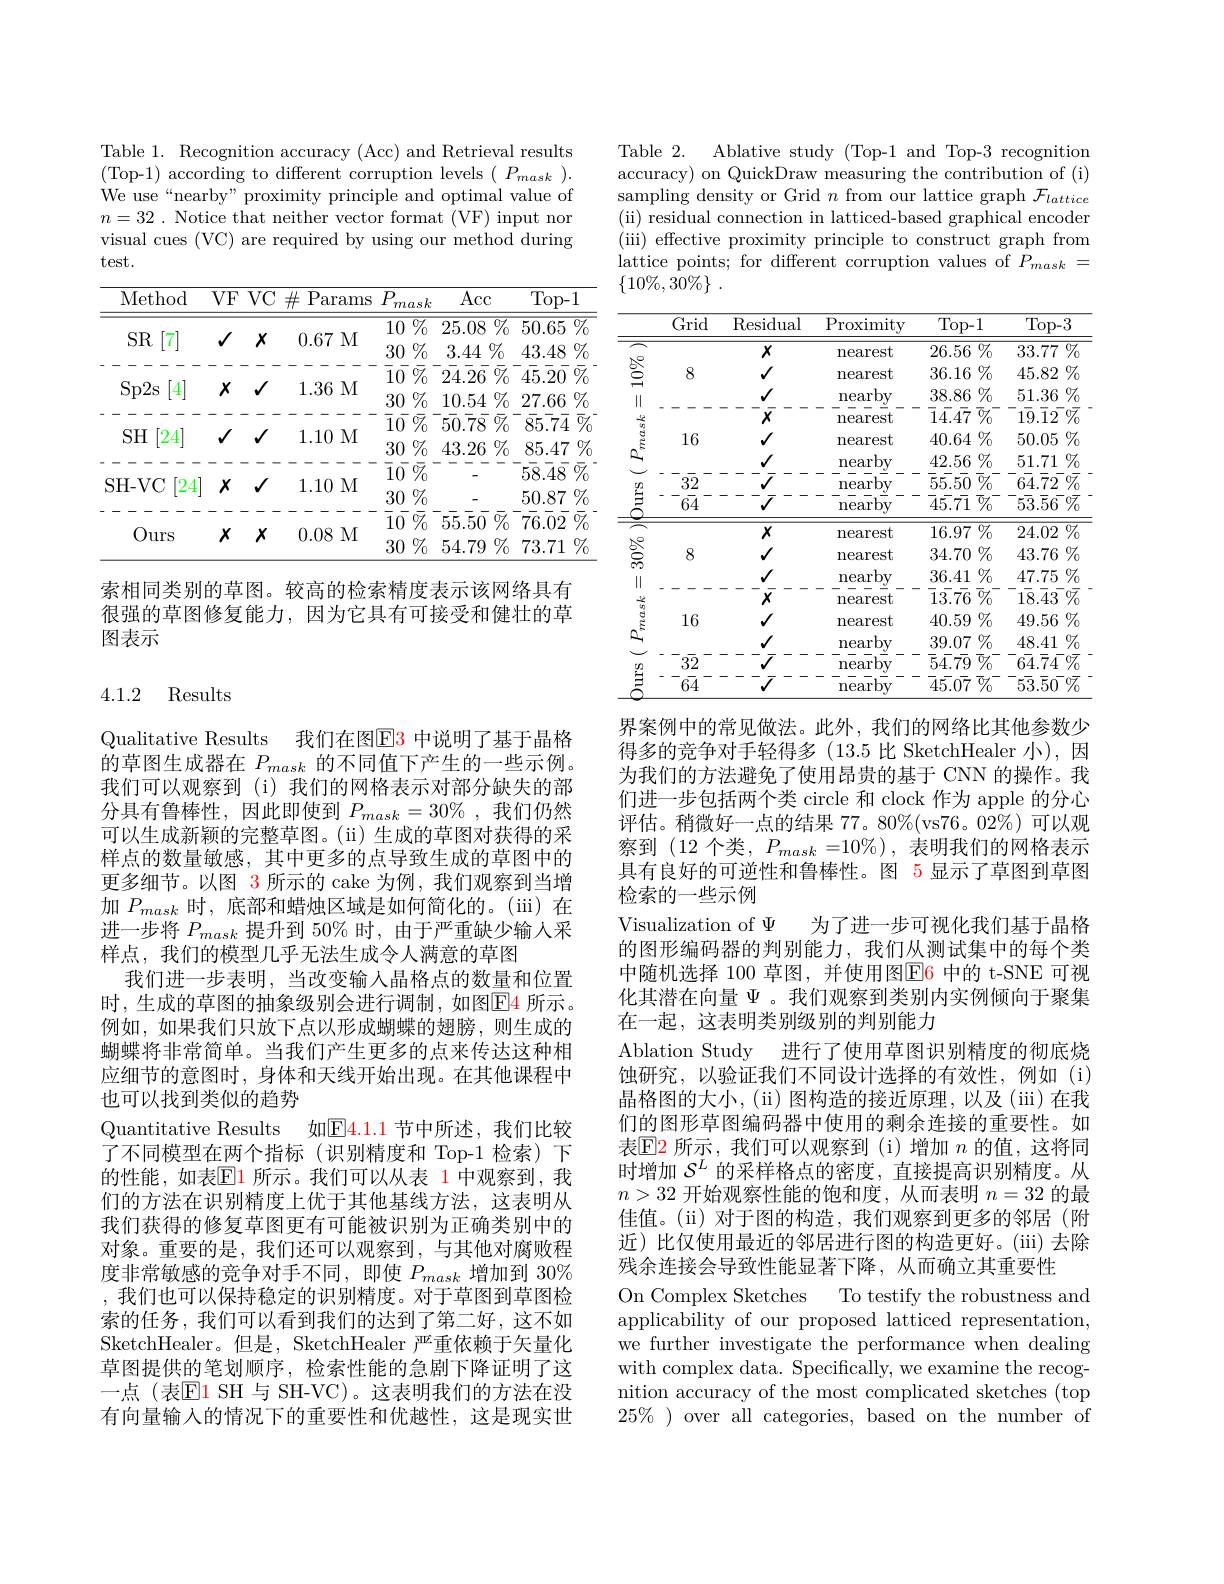
Table 1. Recognition accuracy (Acc) and Retrieval results (Top-1) according to different corruption levels $(P_mask).$ We use“nearby” proximity principle and optimal value of $n= 32$ . Notice that neither vector format (VF) input nor visual cues (VC) are required by using our method during test.

<table>
	<tbody>
		<tr>
			<th>Method</th>
			<th>$VF$ VC$\#$Para $\frac{1}{2}=\frac{1}{2}=\frac{1}{2}$</th>
			<th>VF VC $\#$Params</th>
			<th>$\operatorname{Acc}$</th>
			<th>Top-1</th>
		</tr>
		<tr>
			<td>$SR$</td>
			<td>$X$ 0.67</td>
			<td>0.67M $X$</td>
			<td>$\overline{25.08\%}$</td>
			<td>$\overline{50.65\:\%}$</td>
		</tr>
		<tr>
			<td>Ours</td>
			<td>$X$ $X$ 0.08</td>
			<td>$X$ $X$ 0.08M</td>
			<td>$\bar{55}\bar{5}\bar{0}\bar{\%}$ 54.79 $\%$</td>
			<td>$\iiint_{\sim}{\textcircled{1}}$ 1 76.02 0. 73.71</td>
		</tr>
		<tr>
			<td>UurS</td>
			<td>0.08</td>
			<td>0.08M</td>
			<td>$54.79\%$</td>
			<td>73.71 $\%$</td>
		</tr>
	</tbody>
</table>

索相同类别的草图。较高的检索精度表示该网络具有很强的草图修复能力，因为它具有可接受和健壮的草图表示

## 4.1.2 Results

Qualitative Results 我们在图$\color{red}{\mathrm{E}}\color{red}{\mathrm{3}}$ 中说明了基于晶格的草图生成器在$P_{mask}$的不同值下产生的一些示例。我们可以观察到(i)我们的网格表示对部分缺失的部分具有鲁棒性，因此即使到$P_mask=30\%$,我们仍然可以生成新颖的完整草图。(ii) 生成的草图对获得的采样点的数量敏感，其中更多的点导致生成的草图中的更多细节。以图 3 所示的 cake 为例，我们观察到当增加$P_{mask}$时，底部和蜡烛区域是如何简化的。(iii) 在进一步将$P_{mask}$提升到 50% 时，由于严重缺少输人采样点，我们的模型几乎无法生成令人满意的草图
我们进一步表明，当改变输入晶格点的数量和位置时，生成的草图的抽象级别会进行调制，如图$\boxed{\mathrm{F}}$4 所示。例如，如果我们只放下点以形成蝴蝶的翅膀，则生成的蝴蝶将非常简单。当我们产生更多的点来传达这种相应细节的意图时，身体和天线开始出现。在其他课程中也可以找到类似的趋势
Quantitative Results 如$\boxed{\mathrm{E}}4.1.1$ 节中所述，我们比较了不同模型在两个指标(识别精度和 Top-1 检索)下的性能，如表$\overline{\mathbb{E}}$1 所示。我们可以从表 1 中观察到，我们的方法在识别精度上优于其他基线方法，这表明从我们获得的修复草图更有可能被识别为正确类别中的对象。重要的是，我们还可以观察到，与其他对腐败程度非常敏感的竞争对手不同，即使$P_{mask}$增加到 30% ,我们也可以保持稳定的识别精度。对于草图到草图检索的任务，我们可以看到我们的达到了第二好，这不如SketchHealer。但是，SketchHealer 严重依赖于矢量化草图提供的笔划顺序，检索性能的急剧下降证明了这一点 (表$\mathbb{E}$1 SH 与 SH-VC)。这表明我们的方法在没有向量输入的情况下的重要性和优越性，这是现实世

Ablative study (Top-1 and Top-3 recognition
Table 2.
accuracy) on QuickDraw measuring the contribution of (i) sampling density or Grid $n$ from our lattice graph $\mathcal{F}_lattice$ (ii) residual connection in latticed-based graphical encoder (iii) effective proximity principle to construct graph from lattice points; for different corruption values of $P_{mask}=$ $\{ 10\% , 30\% \}$ .

<table>
	<tbody>
		<tr>
			<th> </th>
			<th>Grid</th>
			<th>Residual</th>
			<th>$\operatorname{Proximity}$</th>
			<th>Top- 1</th>
			<th>Top- 3</th>
		</tr>
		<tr>
			<td> </td>
			<td> </td>
			<td>$X$</td>
			<td>nearest</td>
			<td>$\overline{26.56\%}$</td>
			<td>$\overline{33.77\:\%}$</td>
		</tr>
		<tr>
			<td> </td>
			<td>8</td>
			<td>$√$</td>
			<td>nearest</td>
			<td>$36.16\%$</td>
			<td>$45.82\%$</td>
		</tr>
		<tr>
			<td>|| الل $4n$</td>
			<td> </td>
			<td>$√$ $x$</td>
			<td>$\underset{---}{\operatorname*{\text{nearby}}}$ nearest</td>
			<td>$38.86\%$ $\overline {1}\bar{4} . 4\overline {7}$ $\overline {0}_{0}^{- }$</td>
			<td>$51.36\%$ $1\overline{9}.\overline{1}2^{-}\%$</td>
		</tr>
		<tr>
			<td> $\frac{1}{2}=\frac{1}{2}=\frac{1}{2}$</td>
			<td>16</td>
			<td>$√$</td>
			<td>nearest</td>
			<td>$40.64\%$</td>
			<td>$50.05\%$</td>
		</tr>
		<tr>
			<td> </td>
			<td>8</td>
			<td>$√$</td>
			<td>nearest</td>
			<td>$34.70\%$</td>
			<td>$43.76\%$</td>
		</tr>
		<tr>
			<td>$\Xi$</td>
			<td>$6\overline{4}$</td>
			<td> </td>
			<td>$by$ near</td>
			<td>$\overline {4}\bar{5} . 0\overline {7}$ $\overline {\% }_{0}^{- }$</td>
			<td>$5\overline{3}.\overline{5}0^{-}\%$</td>
		</tr>
	</tbody>
</table>

界案例中的常见做法。此外，我们的网络比其他参数少得多的竞争对手轻得多(13.5 比 SketchHealer 小),因为我们的方法避免了使用昂贵的基于 CNN 的操作。我们进一步包括两个类 circle 和 clock 作为 apple 的分心评估。稍微好一点的结果 77。80%(vs76。02%)可以观察到 (12 个类，$P_mask=10\%)$,表明我们的网格表示具有良好的可逆性和鲁棒性。图 5 显示了草图到草图检索的一些示例
Visualization of $\Psi$为了进一步可视化我们基于晶格的图形编码器的判别能力，我们从测试集中的每个类中随机选择 100 草图，并使用图$\color{red}{\mathrm{E6}}$ 中的 t-SNE 可视化其潜在向量$\Psi$。我们观察到类别内实例倾向于聚集在一起，这表明类别级别的判别能力
Ablation Study 进行了使用草图识别精度的彻底烧蚀研究，以验证我们不同设计选择的有效性，例如(i) 晶格图的大小，( ii) 图构造的接近原理，以及(iii)在我们的图形草图编码器中使用的剩余连接的重要性。如表$\operatorname{E}$2 所示，我们可以观察到(i)增加 $n$ 的值，这将同时增加$S^L$的采样格点的密度，直接提高识别精度。从$n>32$开始观察性能的饱和度，从而表明$n=32$的最佳值。(ii)对于图的构造，我们观察到更多的邻居(附近)比仅使用最近的邻居进行图的构造更好。(iii)去除残余连接会导致性能显著下降，从而确立其重要性
On Complex Sketches
To testify the robustness and
applicability of our proposed latticed representation, we further investigate the performance when dealing with complex data. Specifically, we examine the recognition accuracy of the most complicated sketches (top $25\%$ )over all categories, based on the number of